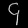
Digit: ၄